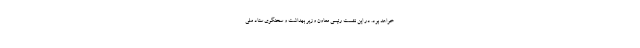
خواهد بود. در این نشست رئیسی معاون وزیر بهداشت و سخنگوی ستاد ملی